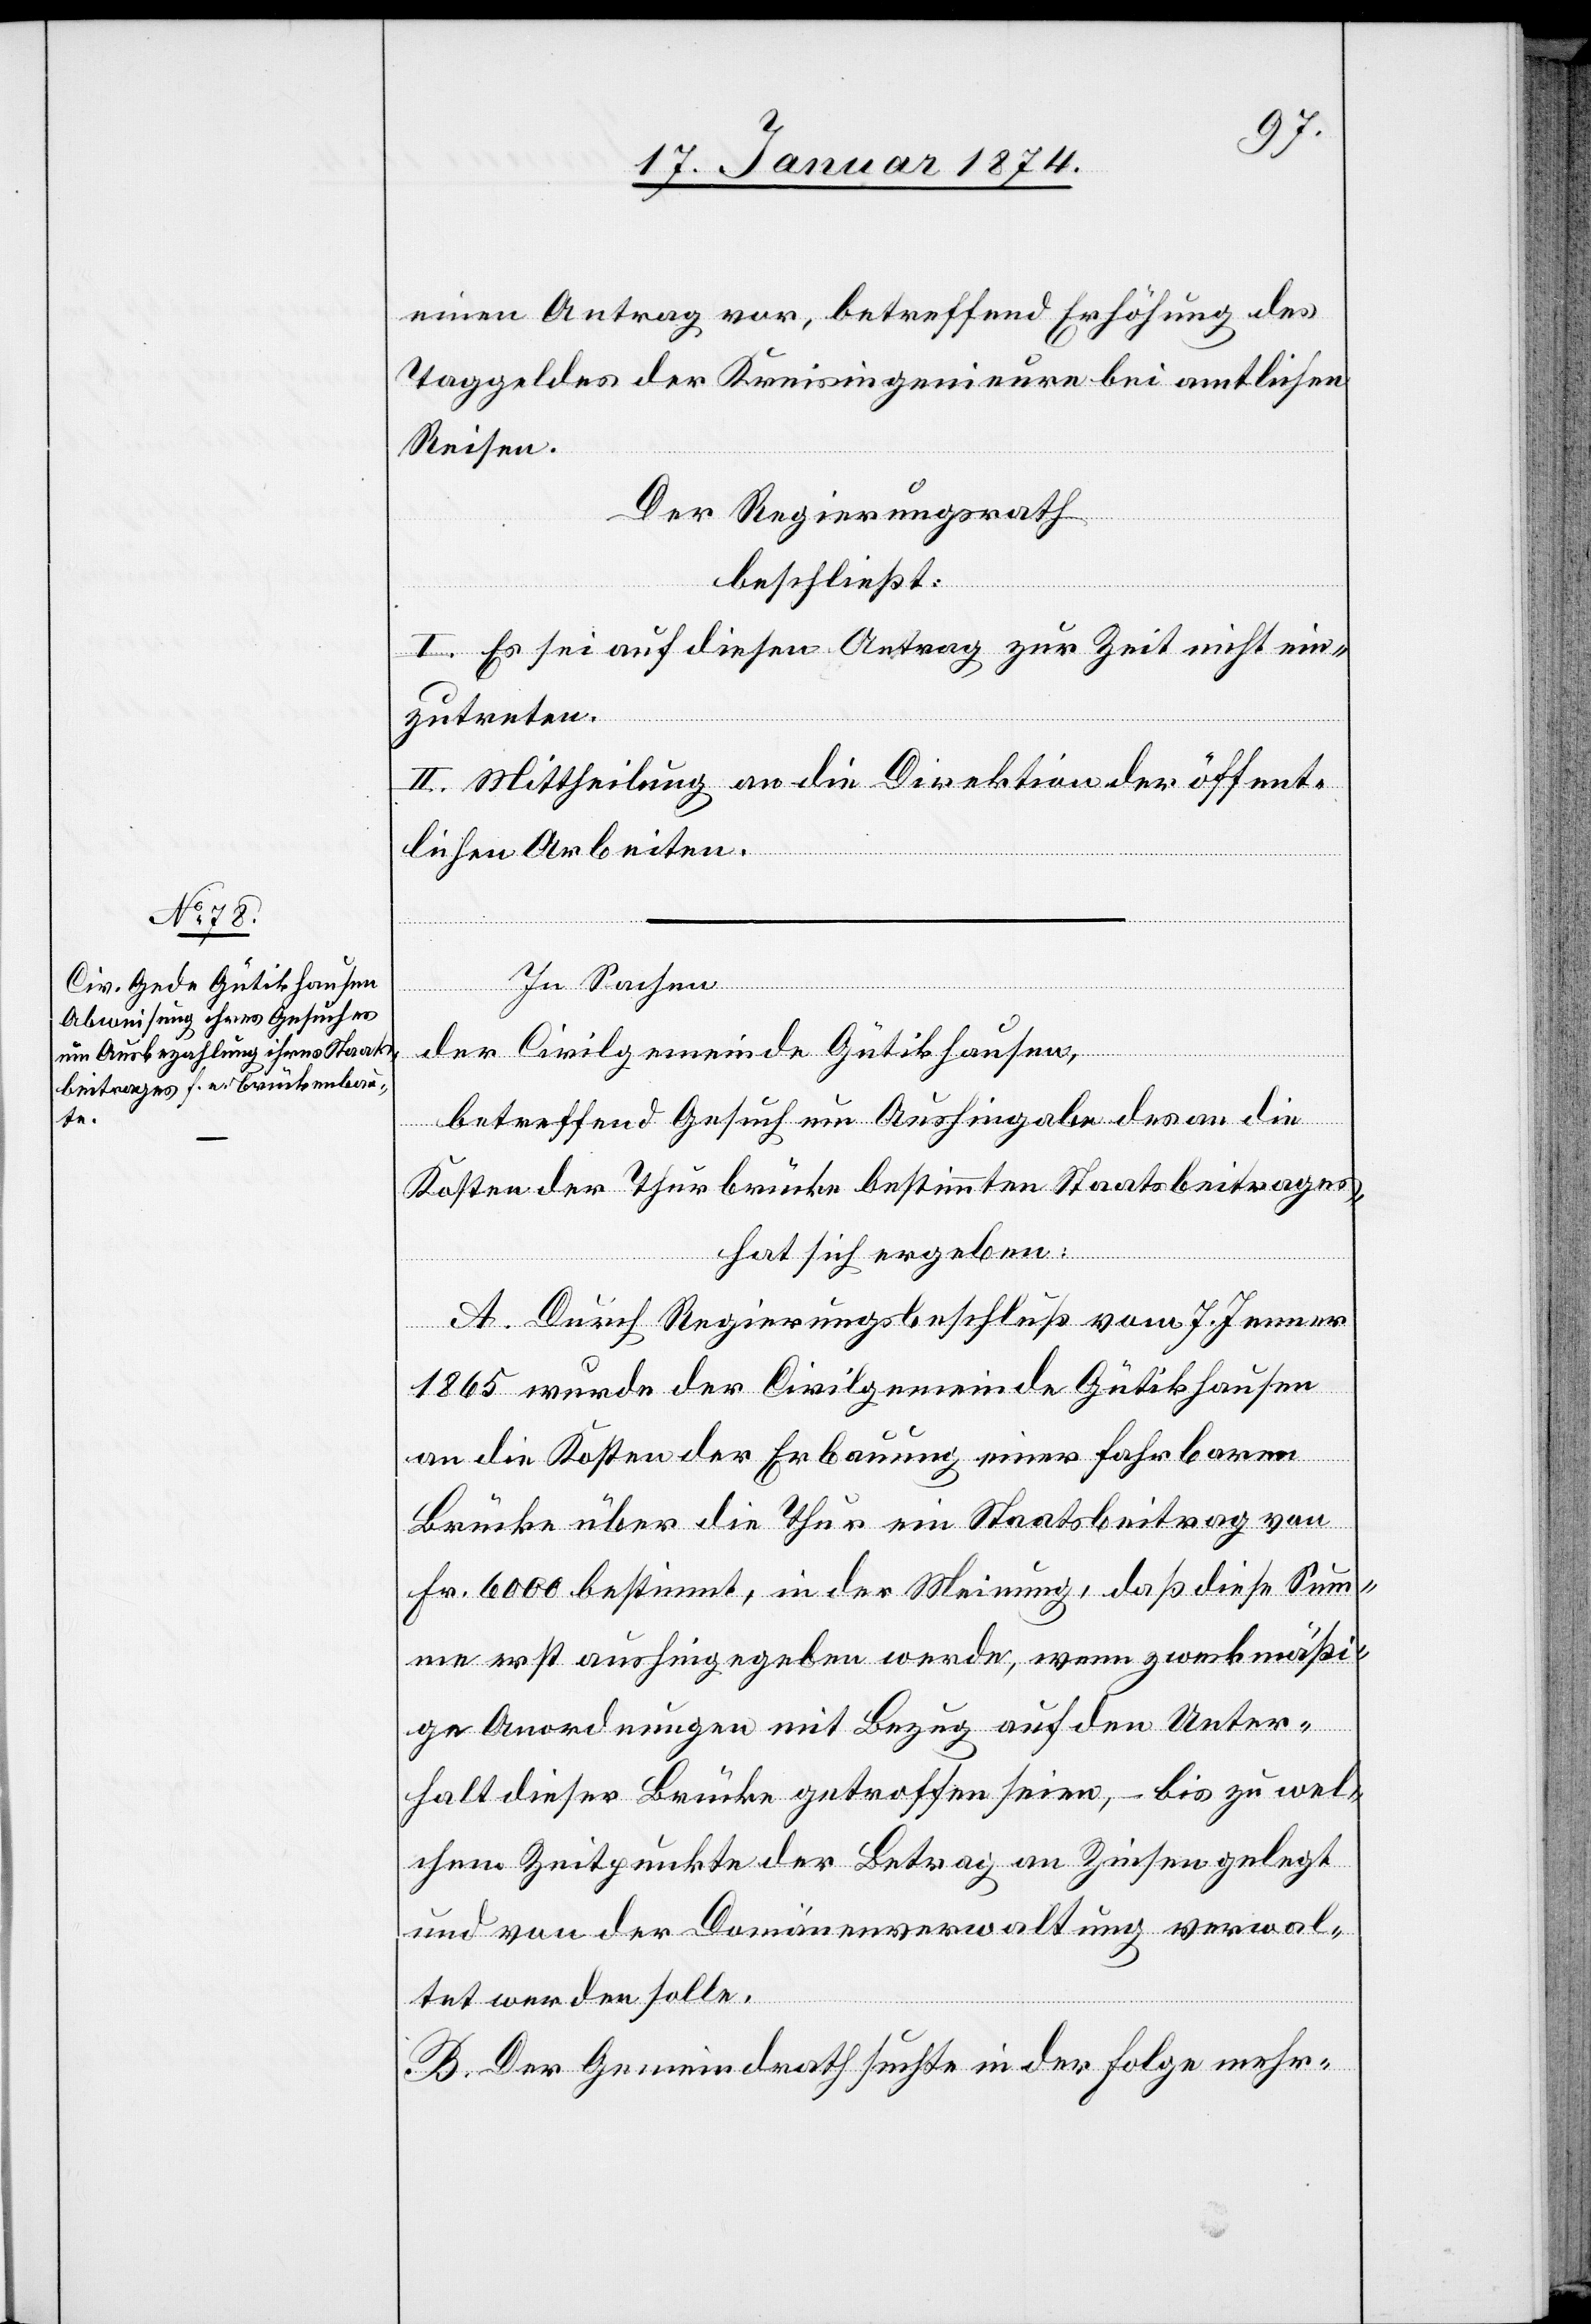
einen Antrag vor, betreffend Erhöhung des
Taggeldes der Kreisingenieure bei amtlichen
Reisen.
Der Regierungsrath
beschließt:
I. Es sei auf diesen Antrag zur Zeit nicht ein¬
zutreten.
II. Mittheilung an die Direktion der öffent¬
lichen Arbeiten.
In Sachen
der Civilgemeinde Gütikhausen,
betreffend Gesuch um Aushingabe des an die
Kosten der Thurbrücke bestimmten Staatsbeitrages,
hat sich ergeben:
A. Durch Regierungsbeschluß vom 7. Jenner
1865 wurde der Civilgemeinde Gütikhausen
an die Kosten der Erbauung einer fahrbaren
Brücke über die Thur ein Staatsbeitrag von
Fr. 6000 bestimmt, in der Meinung, daß diese Sum¬
me erst aushingegeben werde, wenn zweckmäßi¬
ge Anordnungen mit Bezug auf den Unter¬
halt dieser Brücke getroffen seien, bis zu wel¬
chem Zeitpunkte der Betrag an Zinsen gelegt
und von der Domänenverwaltung verwal¬
tet werden solle.
B. Der Gemeinderath suchte in der Folge mehr-